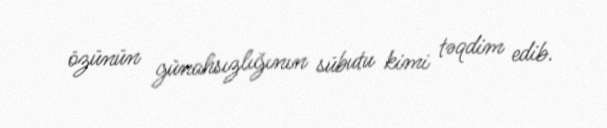
özünün günahsızlığının sübutu kimi təqdim edib.